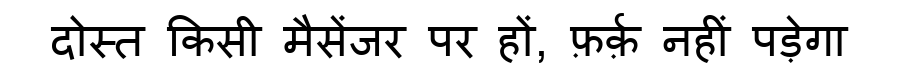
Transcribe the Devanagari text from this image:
दोस्त किसी मैसेंजर पर हों, फ़र्क़ नहीं पड़ेगा